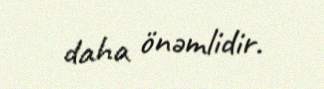
daha önəmlidir.